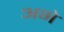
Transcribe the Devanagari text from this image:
अभे